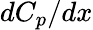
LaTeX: dC_{p}/dx